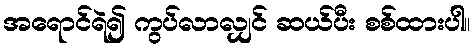
အရောင်ရဲ၍ ကွပ်လာလျှင် ဆယ်ပီး စစ်ထားပါ။